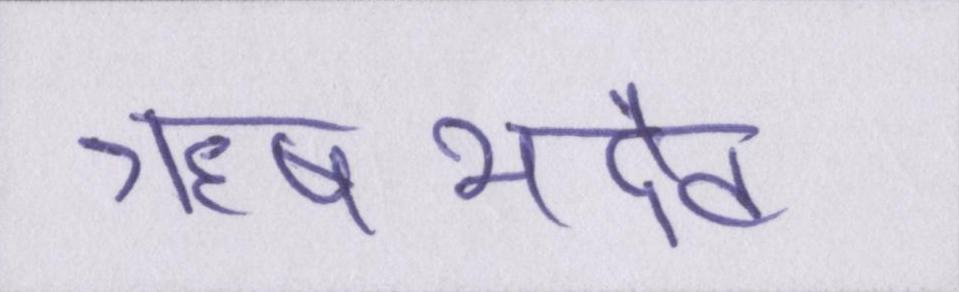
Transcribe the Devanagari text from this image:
ऋषभदेव